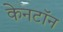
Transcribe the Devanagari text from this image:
केनटॉन